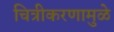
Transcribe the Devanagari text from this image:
चित्रीकरणामुळे